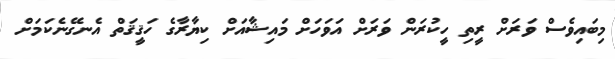
މިބައިވެސް ވަރަށް ރީތި ހީކުރަން ވަރަށް އަވަހަަށް މައިޝާއަށް ކިޔާރާގެ ހަޤީޤަތް އެނގޭނެކަމަށް